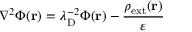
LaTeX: \nabla ^ { 2 } \Phi ( \mathbf { r } ) = \lambda _ { \mathrm { { D } } } ^ { - 2 } \Phi ( \mathbf { r } ) - { \frac { \rho _ { \mathrm { { e x t } } } ( \mathbf { r } ) } { \varepsilon } }